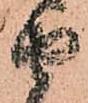
由